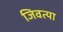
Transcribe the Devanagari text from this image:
जिवत्या